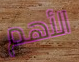
الأهم